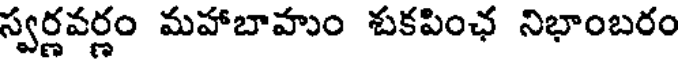
స్వర్ణవర్ణం మహాబాహుం శుకపింఛ నిభాంబరం